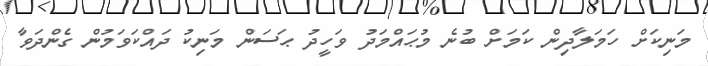
މަނިކަށް ހަމަލާދިން ކަމަށް ބުނެ މުޙައްމަދު ވަހީދު ޙަސަން މަނިކު ދައްކަވަމުން ގެންދަވާ